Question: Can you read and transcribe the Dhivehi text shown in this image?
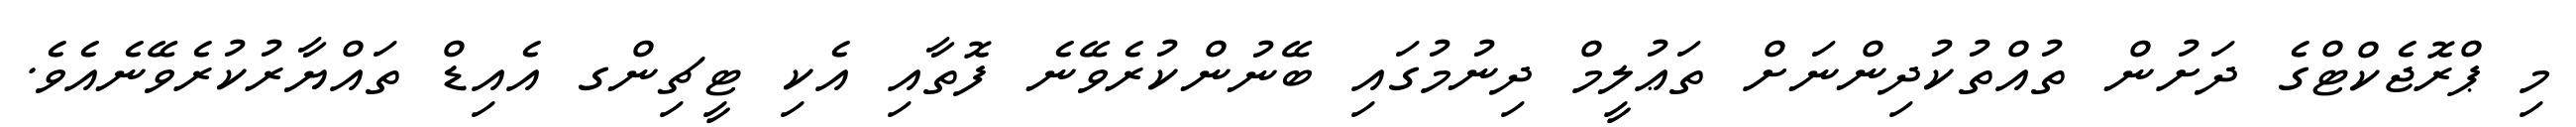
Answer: މި ޕްރޮޖެކްޓްގެ ދަށުން ތުއްތުކުދިންނަށް ތަޢުލީމް ދިނުމުގައި ބޭނުންކުރެވޭނެ ފޮތާއި އެކި ޓީޗިންގ އެއިޑް ތައްޔާރުކުރެވޭނެއެވެ.